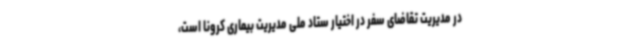
در مدیریت تقاضای سفر در اختیار ستاد ملی مدیریت بیماری کرونا است،